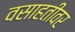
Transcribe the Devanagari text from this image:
वसाहतीवर